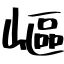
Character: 嶇